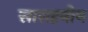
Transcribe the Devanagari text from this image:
साराहनीय